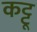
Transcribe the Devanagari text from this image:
कट्टू